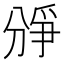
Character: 𪟐